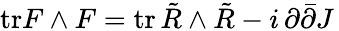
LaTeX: \mathrm{tr}F\wedge F=\mathrm{tr}\, \tilde{R}\wedge\tilde{R}-i\, \partial\bar{\partial}J\,